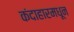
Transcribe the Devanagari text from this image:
कंदाहारमधून